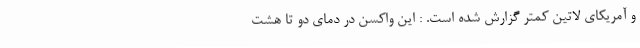
و آمریکای لاتین کمتر گزارش شده است. : این واکسن در دمای دو تا هشت